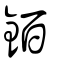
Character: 銆